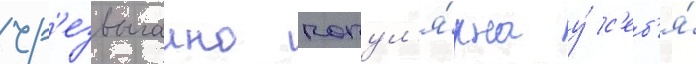
чр'езвычаино попул'я́рна у́ с'еб'я́